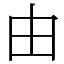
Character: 由